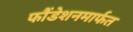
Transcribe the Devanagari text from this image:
फौंडेशनमार्फत